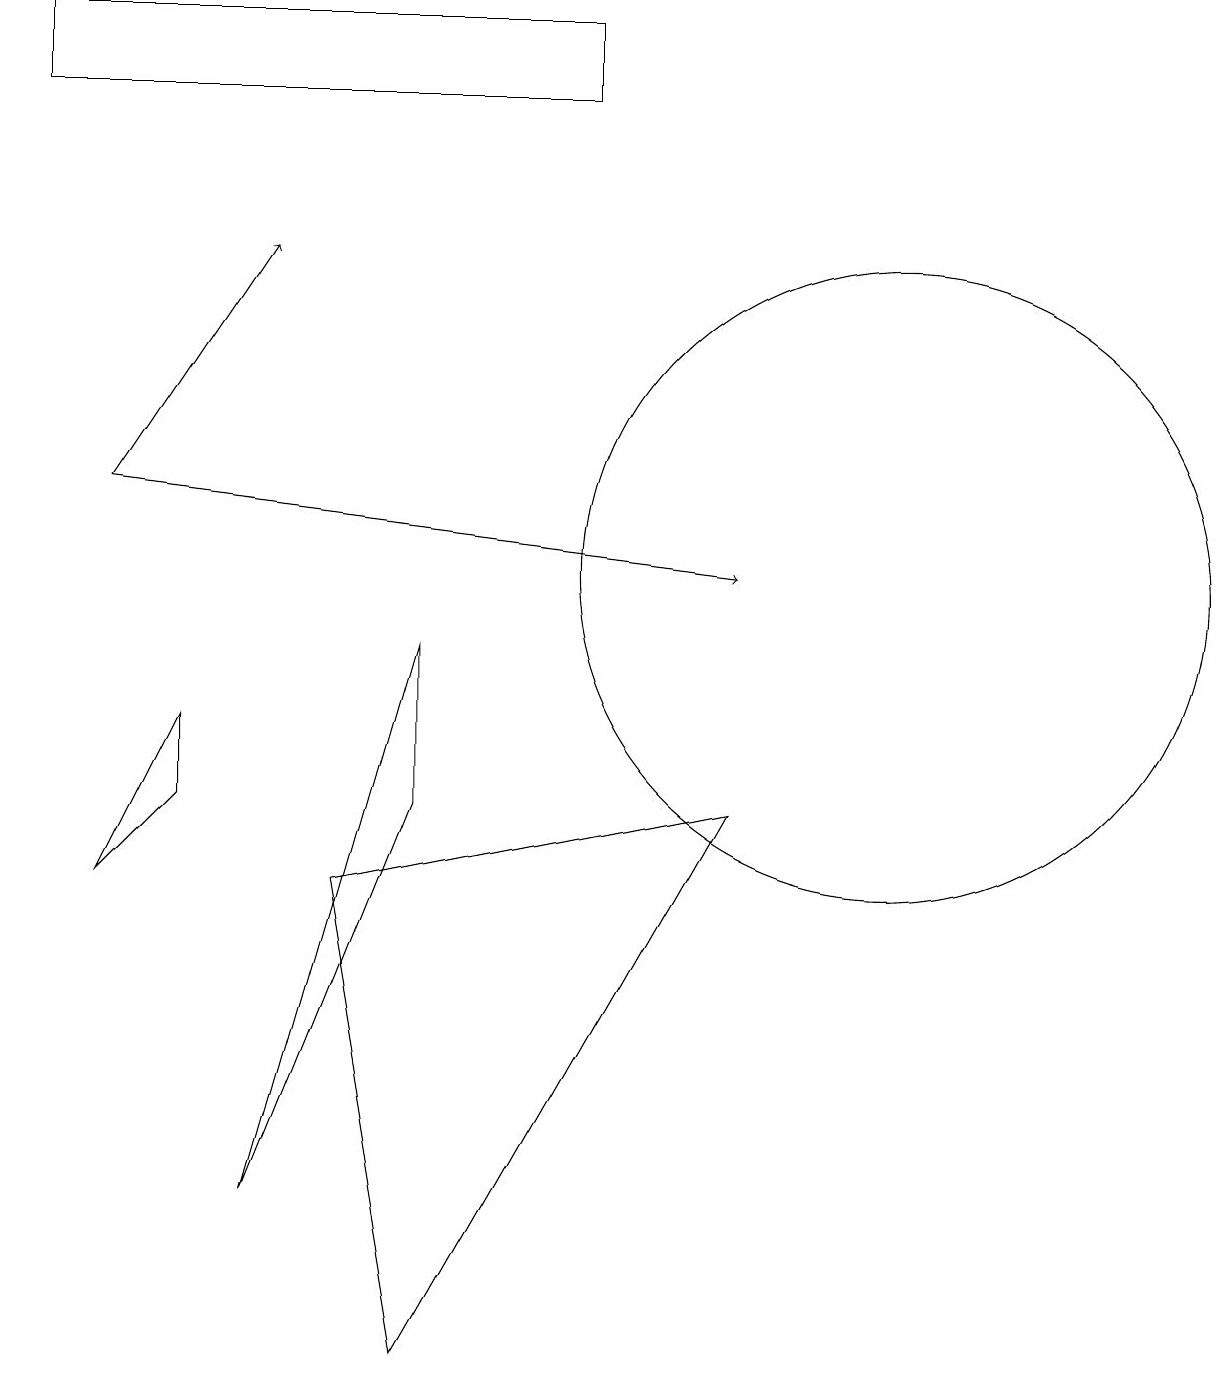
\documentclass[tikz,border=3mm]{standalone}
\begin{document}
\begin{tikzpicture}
\draw (1,6) -- (2,7) -- (2,8) -- cycle;
\draw (11,10) circle (4);
\draw (0,17) rectangle (7,16);
\draw (4,6) -- (9,7) -- (5,0) -- cycle;
\draw[->] (1,11) -- (9,10);
\draw[->] (1,11) -- (3,14);
\draw (5,7) -- (3,2) -- (5,9) -- cycle;
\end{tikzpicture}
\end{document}